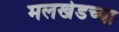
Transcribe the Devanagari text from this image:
मलखेडच्या